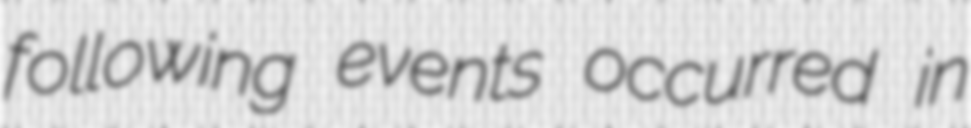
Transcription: following events occurred in